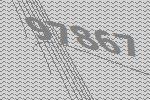
97867